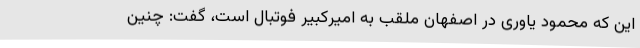
این که محمود یاوری در اصفهان ملقب به امیرکبیر فوتبال است، گفت: چنین